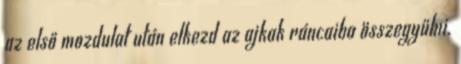
az első mozdulat után elkezd az ajkak ráncaiba összegyűlni.